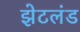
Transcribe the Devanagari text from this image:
झेटलंड